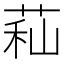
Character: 𦱑